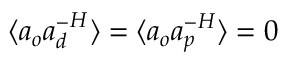
\langle { a } _ { o } { { a } _ { d } ^ { - } } ^ { H } \rangle = \langle { a } _ { o } { { a } _ { p } ^ { - } } ^ { H } \rangle = 0